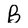
Character: B